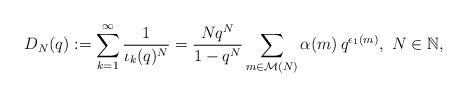
\begin{align*}D_{N}(q):=\sum_{k=1}^{\infty}\frac{1}{\iota_{k}(q){}^{N}}=\frac{Nq^{N}}{1-q^{N}}\sum_{m\in\mathcal{M}(N)}\alpha(m)\, q^{\epsilon_{1}(m)},\ N\in\mathbb{N},\end{align*}